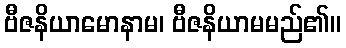
ဗီဇနိယာမောနာမ၊ ဗီဇနိယာမမည်၏။